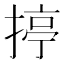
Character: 揨